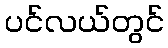
ပင်လယ်တွင်